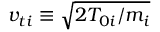
v _ { t i } \equiv \sqrt { 2 T _ { 0 i } / m _ { i } }